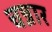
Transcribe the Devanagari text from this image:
चन्नार